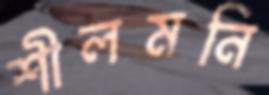
শীলমনি